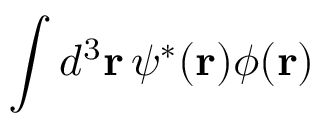
\int d ^ { 3 } \mathbf { r } \, \psi ^ { * } ( \mathbf { r } ) \phi ( \mathbf { r } )